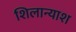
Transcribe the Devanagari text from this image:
शिलान्याश